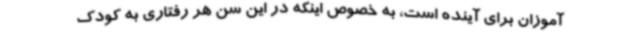
‌آموزان برای آینده است، به خصوص اینکه در این سن هر رفتاری به کودک